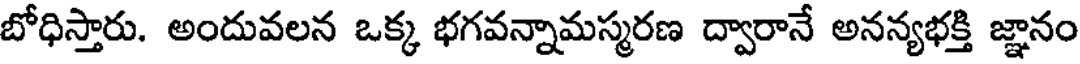
బోధిస్తారు. అందువలన ఒక్క భగవన్నామస్మరణ ద్వారానే అనన్యభక్తి జ్ఞానం